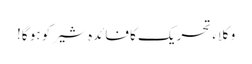
وکلاء تحریک کا فائدہ شیر کو ہو گا!